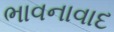
ભાવનાવાદ